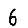
Digit: 6